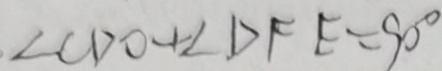
\angle C D O + \angle D F E = 9 0 ^ { \circ }